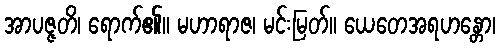
အာပဇ္ဇတိ၊ ရောက်၏။ မဟာရာဇ၊ မင်းမြတ်။ ယေတေအရဟန္တော၊